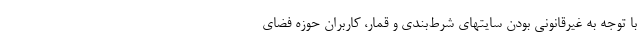
با توجه به غیرقانونی بودن سایتهای شرط‌بندی و قمار، کاربران حوزه فضای